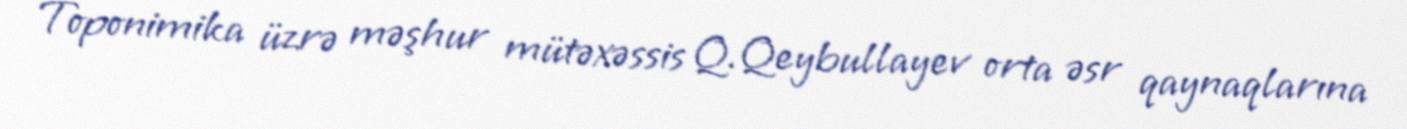
Toponimika üzrə məşhur mütəxəssis Q.Qeybullayev orta əsr qaynaqlarına